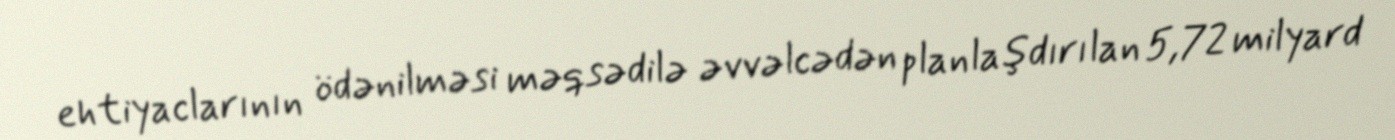
ehtiyaclarının ödənilməsi məqsədilə əvvəlcədən planlaşdırılan 5,72 milyard